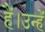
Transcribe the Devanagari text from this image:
हैं।उन्हें